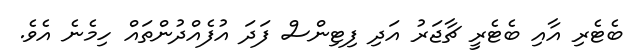
ބެޓެރި އާއި ބެޓެރީ ޗާޖަރު އަދި ފިޓިންސް ފަދަ އުފެއްދުންތައް ހިމެނެ އެވެ.